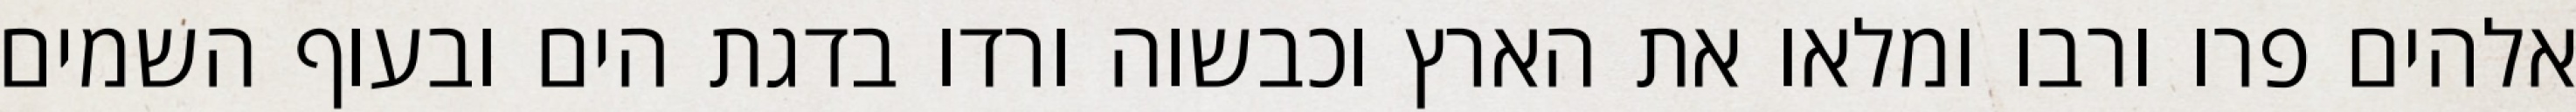
אלהים פרו ורבו ומלאו את הארץ וכבשוה ורדו בדגת הים ובעוף השמים